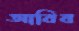
আবিব